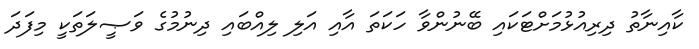
ކާއިނާތު ދިރިއުޅުމަށްޓަކައި ބޭނުންވާ ހަކަތަ އާއި އަލި ލިއްބައި ދިނުމުގެ ވަޞީލަތަކީ މިފަދަ